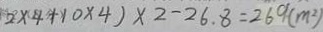
2 \times 4 + 1 0 \times 4 ) \times 2 - 2 6 . 8 = 2 6 9 ( m ^ { 2 } )